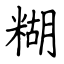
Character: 糊